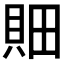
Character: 𰶼